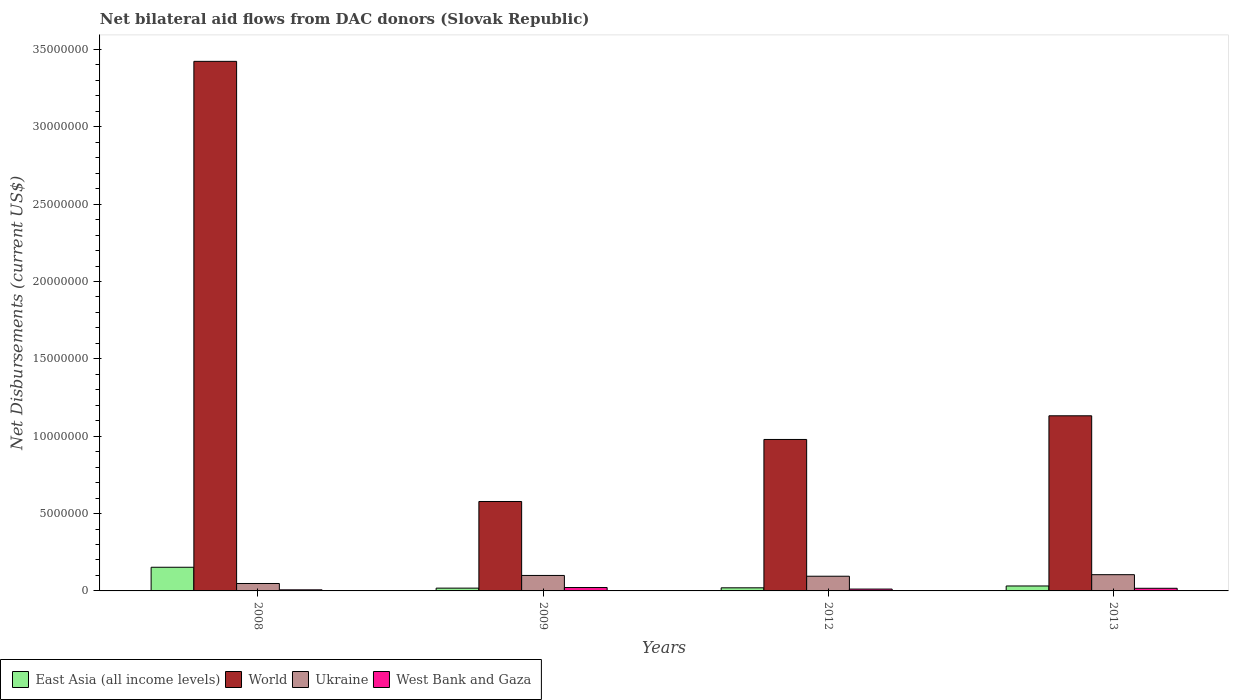
| Years | East Asia (all income levels) | World | Ukraine | West Bank and Gaza |
 | --- | --- | --- | --- | --- |
 | 2008 | 1.53e+06 | 3.42e+07 | 4.8e+05 | 7e+04 |
 | 2009 | 1.8e+05 | 5.78e+06 | 1e+06 | 2.2e+05 |
 | 2012 | 2e+05 | 9.79e+06 | 9.5e+05 | 1.2e+05 |
 | 2013 | 3.2e+05 | 1.13e+07 | 1.05e+06 | 1.7e+05 |